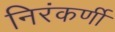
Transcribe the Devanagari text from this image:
निरंकर्णी